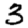
Digit: 3